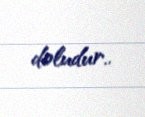
doludur..